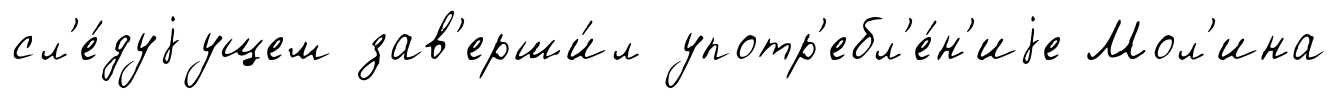
сл'е́дуjущем зав'ерши́л употр'ебл'е́н'иjе Мол'ина